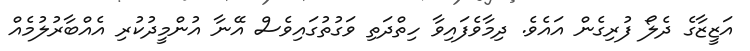
އަޒީޒާގެ ދެލޯ ފުރިގެން އައެވެ. ދިމާވެފައިވާ ހިތްދަތި ވަގުތުގައިވެސް އޭނާ އުންމީދުކުރި އެއްބާރުލުމެއް